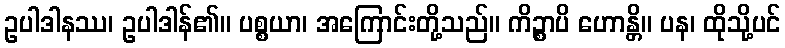
ဥပါဒါနဿ၊ ဥပါဒါန်၏။ ပစ္စယာ၊ အကြောင်းတို့သည်။ ကိဉ္စာပိ ဟောန္တိ။ ပန၊ ထိုသို့ပင်